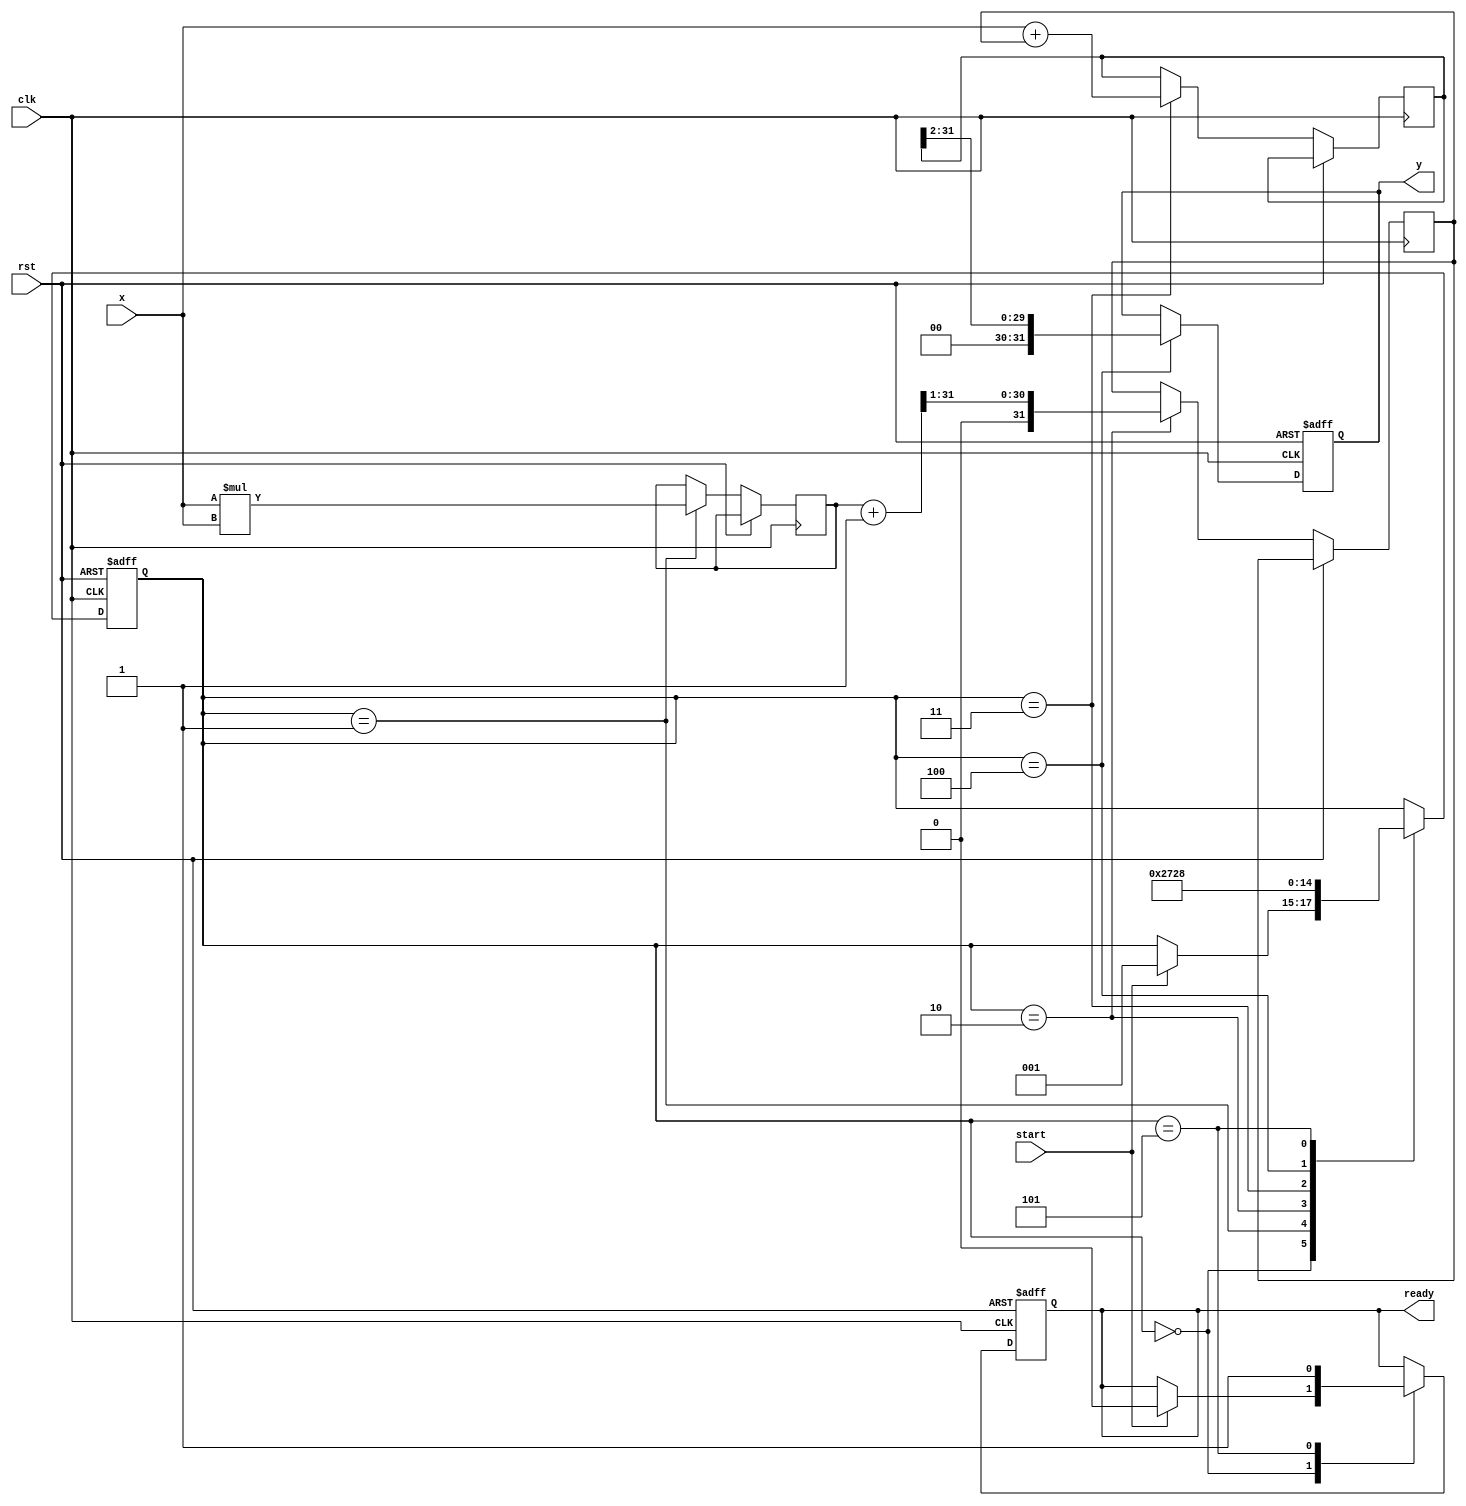
module asinh (
    input wire signed [31:0] x,      // Input: Fixed-point representation of x
    output reg signed [31:0] y,       // Output: Fixed-point representation of asinh(x)
    input wire clk,
    input wire rst,
    input wire start,
    output reg ready
);

    // Internal signals
    reg signed [31:0] x_squared;
    reg signed [31:0] sqrt_term;
    reg signed [31:0] log_term;
    reg [2:0] state;

    // State encoding
    localparam IDLE = 3'd0,
               SQUARE = 3'd1,
               SQRT = 3'd2,
               ADD = 3'd3,
               LOG = 3'd4,
               OUTPUT = 3'd5;

    // Square calculation
    always @(posedge clk or posedge rst) begin
        if (rst) begin
            state <= IDLE;
            ready <= 1'b0;
            y <= 32'd0;
        end else begin
            case (state)
                IDLE: begin
                    if (start) begin
                        state <= SQUARE;
                        ready <= 1'b0;
                    end
                end

                SQUARE: begin
                    // Compute x^2
                    x_squared <= x * x; // Simple multiplication
                    state <= SQRT;
                end

                SQRT: begin
                    // Compute sqrt(x^2 + 1) using a simple approximation
                    sqrt_term <= sqrt(x_squared + 32'd1); // Placeholder for actual sqrt implementation
                    state <= ADD;
                end

                ADD: begin
                    // Compute x + sqrt(x^2 + 1)
                    log_term <= x + sqrt_term;
                    state <= LOG;
                end

                LOG: begin
                    // Compute ln(x + sqrt(x^2 + 1)) using a simple approximation
                    y <= ln(log_term); // Placeholder for actual ln implementation
                    state <= OUTPUT;
                end

                OUTPUT: begin
                    ready <= 1'b1; // Indicate that the output is ready
                    state <= IDLE; // Go back to IDLE
                end
            endcase
        end
    end

    // Placeholder function for square root
    function signed [31:0] sqrt(input signed [31:0] value);
        // Implement a simple iterative method or lookup table for square root
        // For now, return a dummy value
        sqrt = value >> 1; // Placeholder: Replace with actual square root logic
    endfunction

    // Placeholder function for natural logarithm
    function signed [31:0] ln(input signed [31:0] value);
        // Implement a simple iterative method or lookup table for logarithm
        // For now, return a dummy value
        ln = value >> 2; // Placeholder: Replace with actual logarithm logic
    endfunction

endmodule